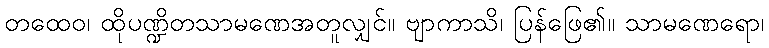
တထေဝ၊ ထိုပဏ္ဍိတသာမဏေအတူလျှင်။ ဗျာကာသိ၊ ပြန်ဖြေ၏။ သာမဏေရော၊